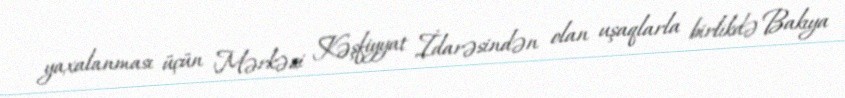
yaxalanması üçün Mərkəzi Kəşfiyyat İdarəsindən olan uşaqlarla birlikdə Bakıya